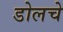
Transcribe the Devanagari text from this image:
डोलचे